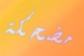
مضحكة